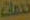
خدمات